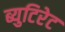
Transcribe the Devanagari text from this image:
ब्युटिरेट